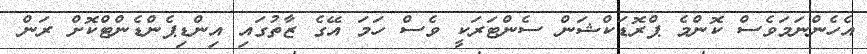
އެހެންނަމަވެސް ކޮންމެ ޕްރޮޑަކްޝަން ސެންޓަރަކީ ވެސް ހަމަ އޭގެ ޒާތުގައި އިންޑިޕެންޑެންޓްކޮށް ރަން